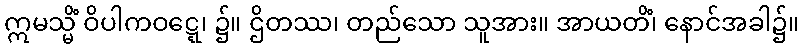
ဣမသ္မိံ ဝိပါကဝဋ္ဋေ၊ ၌။ ဌိတဿ၊ တည်သော သူအား။ အာယတိံ၊ နောင်အခါ၌။